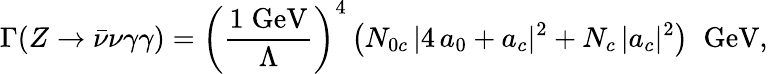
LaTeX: \Gamma(Z\to\bar{\nu}\nu\gamma\gamma)=\left(\frac{1\; \mathrm{GeV}}{\Lambda}\right)^{4}\left(N_{0c}\, |4\, a_{0}+a_{c}|^{2}+N_{c}\, |a_{c}|^{2}\right)\; \; \mathrm{GeV},